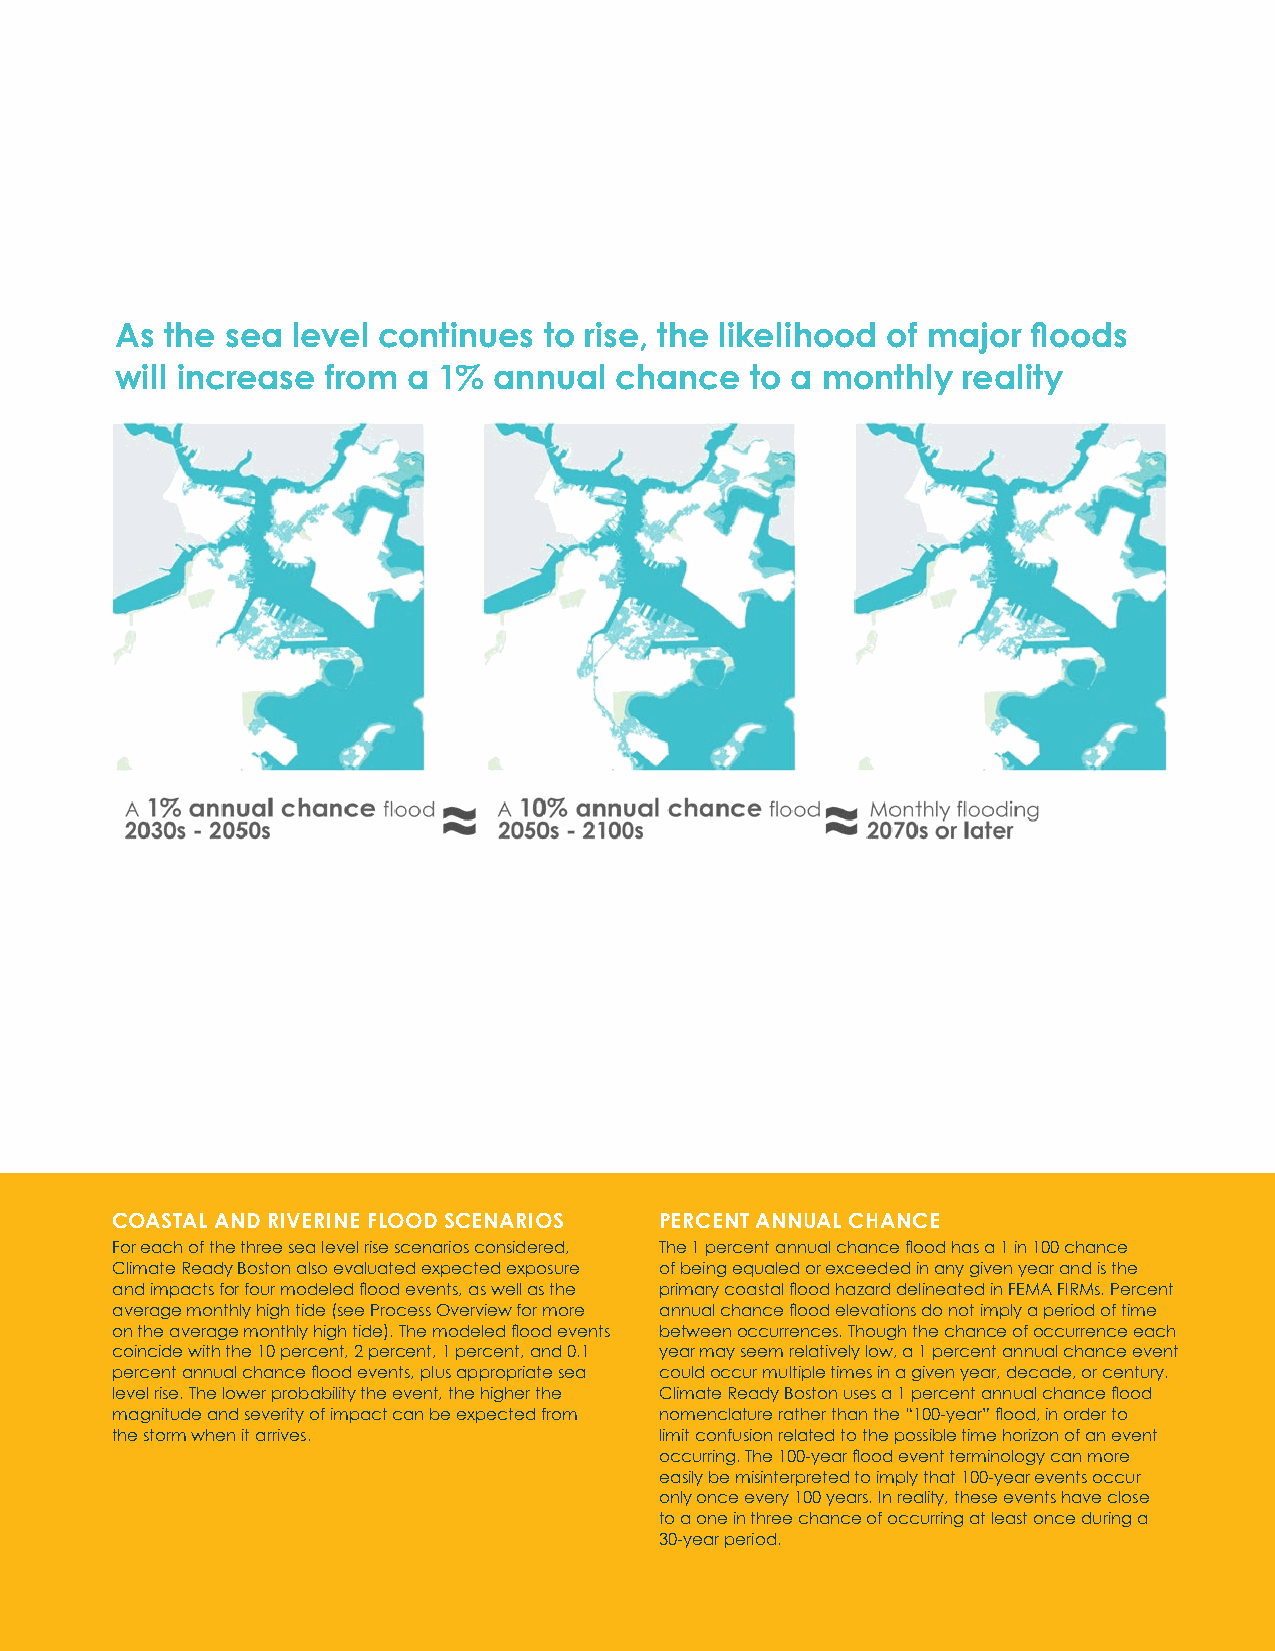
As the sea level continues  to rise, the likelihood of major fl oods
 will increase from a 1%  annual  chance   to a monthly  reality
 2030s–2050s: 9 INCHES OF SEA LEVEL RISE63
 63 Future fl ood extents shown only within City of Boston for all conditions.
 COASTAL AND RIVERINE FLOOD SCENARIOS PERCENT ANNUAL CHANCE
 For each of the three sea level rise scenarios considered, The 1 percent annual chance fl ood has a 1 in 100 chance
 Climate Ready Boston also evaluated expected exposure of being equaled or exceeded in any given year and is the
 and impacts for four modeled fl ood events, as well as the primary coastal fl ood hazard delineated in FEMA FIRMs. Percent
 average monthly high tide (see Process Overview for more annual chance fl ood elevations do not imply a period of time
 on the average monthly high tide). The modeled fl ood events between occurrences. Though the chance of occurrence each
 coincide with the 10 percent, 2 percent, 1 percent, and 0.1 year may seem relatively low, a 1 percent annual chance event
 percent annual chance fl ood events, plus appropriate sea could occur multiple times in a given year, decade, or century.
 level rise. The lower probability the event, the higher the Climate Ready Boston uses a 1 percent annual chance fl ood
 magnitude and severity of impact can be expected from nomenclature rather than the “100-year” fl ood, in order to
 the storm when it arrives.           limit confusion related to the possible time horizon of an event
 occurring. The 100-year fl ood event terminology can more
 easily be misinterpreted to imply that 100-year events occur
 only once every 100 years. In reality, these events have close
 to a one in three chance of occurring at least once during a 2050s-2100s: 21 INCHES OF SEA LEVEL RISE
 30-year period.
 48 City of Boston: Climate Ready Boston